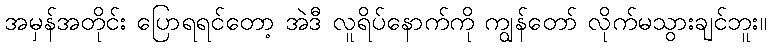
အမှန်အတိုင်း ပြောရရင်တော့ အဲဒီ လူရိပ်နောက်ကို ကျွန်တော် လိုက်မသွားချင်ဘူး။